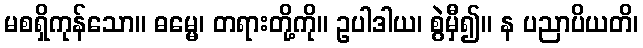
မစရှိကုန်သော။ ဓမ္မေ၊ တရားတို့ကို။ ဥပါဒါယ၊ စွဲမှီ၍။ န ပညာပိယတိ၊